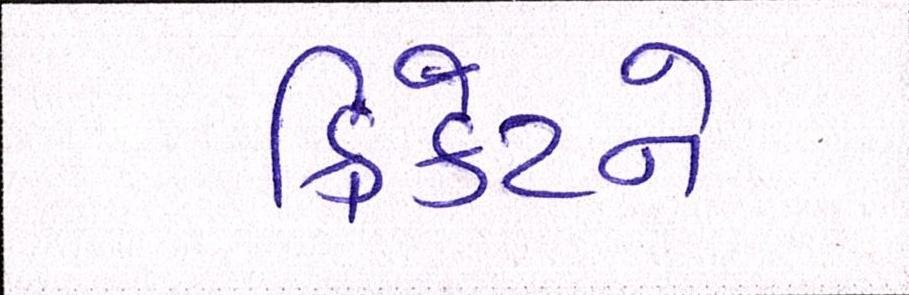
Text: ક્રિકેટને